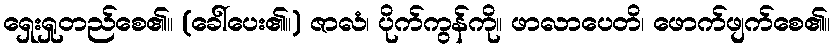
ရှေးရှုတည်စေ၏။ (ခေါ်ပေး၏။) ဇာလံ၊ ပိုက်ကွန်ကို။ ဖာလာပေတိ၊ ဖောက်ဖျက်စေ၏။